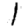
Digit: 1